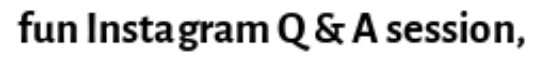
fun Instagram Q & A session,